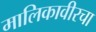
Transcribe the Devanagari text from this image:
मालिकावीरचा